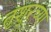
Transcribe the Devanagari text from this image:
तृशुरच्या